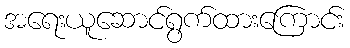
အရေးယူဆောင်ရွက်ထားကြောင်း